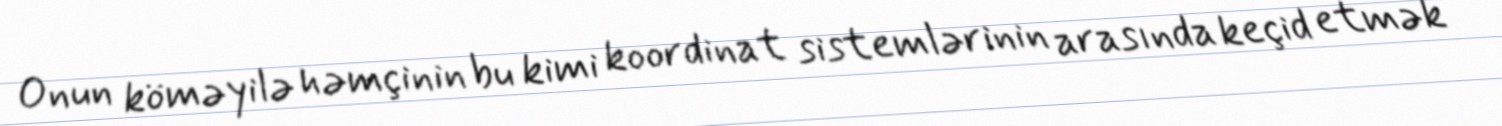
Onun köməyilə həmçinin bu kimi koordinat sistemlərinin arasında keçid etmək